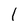
Character: l